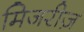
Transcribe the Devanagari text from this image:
मिजरीज़